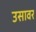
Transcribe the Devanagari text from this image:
उसावर